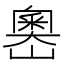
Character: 嶴